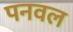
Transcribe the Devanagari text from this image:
पनवल